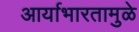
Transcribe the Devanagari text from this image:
आर्याभारतामुळे